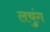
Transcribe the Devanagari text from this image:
लचुंग